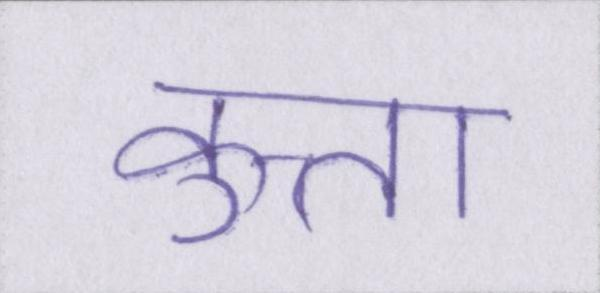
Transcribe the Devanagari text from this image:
कुत्ता